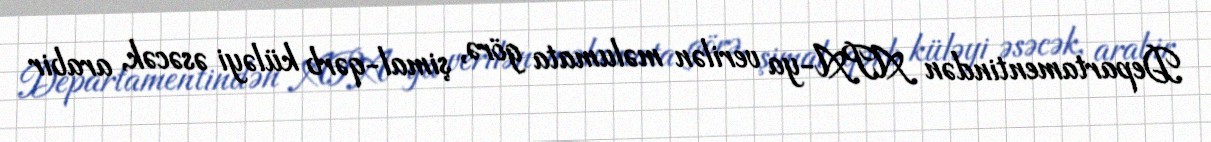
Departamentindən APA-ya verilən məlumata görə, şimal-qərb küləyi əsəcək, arabir